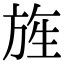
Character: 旌